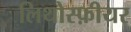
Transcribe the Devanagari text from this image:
लिथोस्फ़ीयर